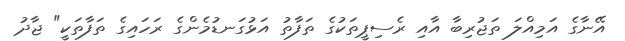
އޭނާގެ އަމިއްލަ ތަޖުރިބާ އާއި ރެސިޕީތަކުގެ ތަފާތު އަޅުގަނޑުމެންގެ ރަހައިގެ ތަފާތަކީ" ޖާދު